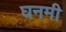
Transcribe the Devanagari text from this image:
घनमी